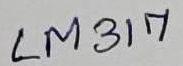
Text: LM317